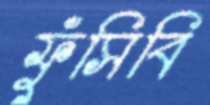
ফুঁসিবি